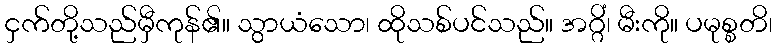
ငှက်တို့သည်မှီကုန်၏။ သွာယံသော၊ ထိုသစ်ပင်သည်။ အဂ္ဂိံ၊ မီးကို။ ပမုစ္စတိ၊